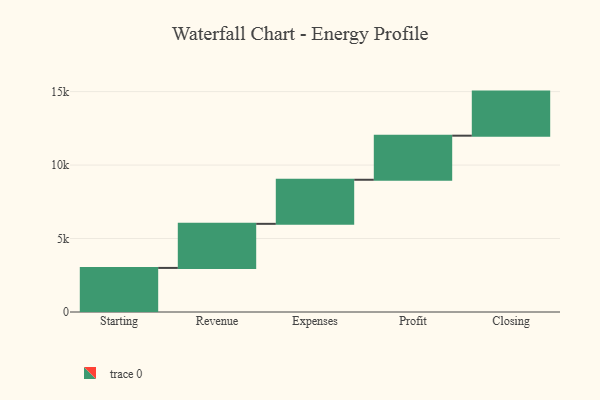
{"axis": {"x": "Step", "y": "Value"}, "legend": [""], "data": [{"x": "Starting", "y": 3000, "type": ""}, {"x": "Revenue", "y": 3000, "type": ""}, {"x": "Expenses", "y": 3000, "type": ""}, {"x": "Profit", "y": 3000, "type": ""}, {"x": "Closing", "y": 3000, "type": ""}]}